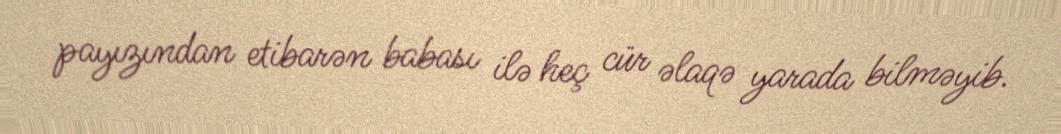
payızından etibarən babası ilə heç cür əlaqə yarada bilməyib.